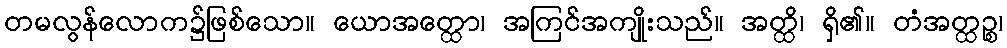
တမလွန်လောက၌ဖြစ်သော။ ယောအတ္ထော၊ အကြင်အကျိုးသည်။ အတ္ထိ၊ ရှိ၏။ တံအတ္ထဉ္စ၊